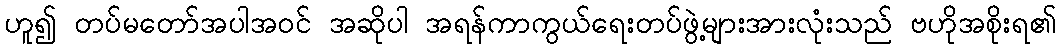
ဟူ၍ တပ်မတော်အပါအဝင် အဆိုပါ အရန်ကာကွယ်ရေးတပ်ဖွဲ့များအားလုံးသည် ဗဟိုအစိုးရ၏